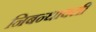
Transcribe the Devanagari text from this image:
निबन्धावली